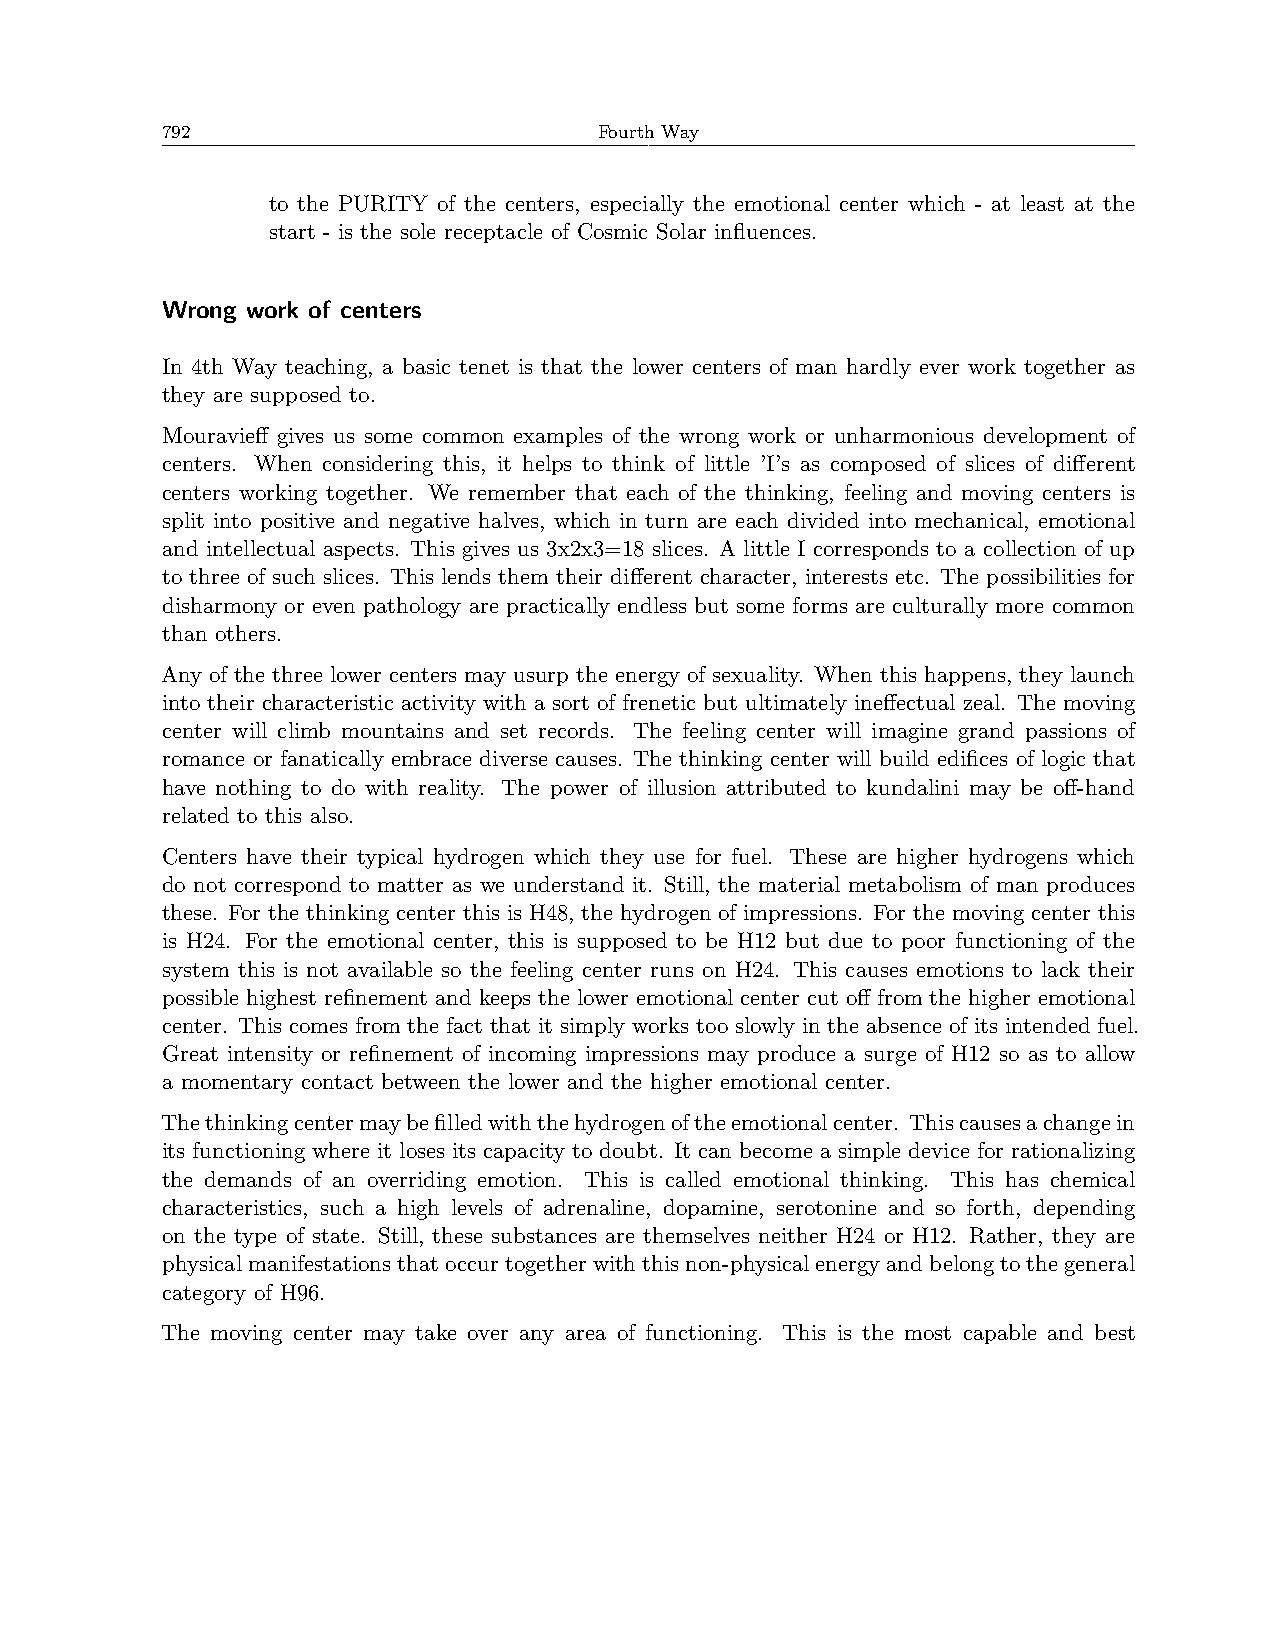
792                          Fourth Way
 to the PURITY of the centers, especially the emotional center which - at least at the
 start - is the sole receptacle of Cosmic Solar influences.
 Wrong work of centers
 In 4th Way teaching, a basic tenet is that the lower centers of man hardly ever work together as
 they are supposed to.
 Mouravieff gives us some common examples of the wrong work or unharmonious development of
 centers. When considering this, it helps to think of little ’I’s as composed of slices of different
 centers working together. We remember that each of the thinking, feeling and moving centers is
 split into positive and negative halves, which in turn are each divided into mechanical, emotional
 and intellectual aspects. This gives us 3x2x3=18 slices. A little I corresponds to a collection of up
 to three of such slices. This lends them their different character, interests etc. The possibilities for
 disharmony or even pathology are practically endless but some forms are culturally more common
 than others.
 Any of the three lower centers may usurp the energy of sexuality. When this happens, they launch
 into their characteristic activity with a sort of frenetic but ultimately ineffectual zeal. The moving
 center will climb mountains and set records. The feeling center will imagine grand passions of
 romance or fanatically embrace diverse causes. The thinking center will build edifices of logic that
 have nothing to do with reality. The power of illusion attributed to kundalini may be off-hand
 related to this also.
 Centers have their typical hydrogen which they use for fuel. These are higher hydrogens which
 do not correspond to matter as we understand it. Still, the material metabolism of man produces
 these. For the thinking center this is H48, the hydrogen of impressions. For the moving center this
 is H24. For the emotional center, this is supposed to be H12 but due to poor functioning of the
 system this is not available so the feeling center runs on H24. This causes emotions to lack their
 possible highest refinement and keeps the lower emotional center cut off from the higher emotional
 center. This comes from the fact that it simply works too slowly in the absence of its intended fuel.
 Great intensity or refinement of incoming impressions may produce a surge of H12 so as to allow
 a momentary contact between the lower and the higher emotional center.
 Thethinkingcentermaybefilledwiththehydrogenoftheemotionalcenter. Thiscausesachangein
 its functioning where it loses its capacity to doubt. It can become a simple device for rationalizing
 the demands of an overriding emotion. This is called emotional thinking. This has chemical
 characteristics, such a high levels of adrenaline, dopamine, serotonine and so forth, depending
 on the type of state. Still, these substances are themselves neither H24 or H12. Rather, they are
 physicalmanifestationsthatoccurtogetherwiththisnon-physicalenergyandbelongtothegeneral
 category of H96.
 The moving center may take over any area of functioning. This is the most capable and best